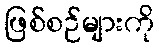
ဖြစ်စဉ်များကို